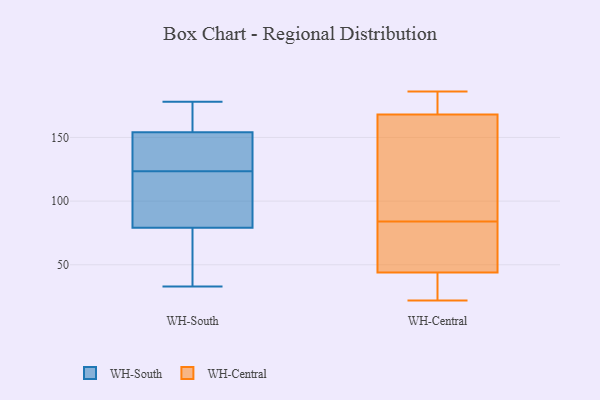
{"axis": {"x": "Budget (USD K)", "y": "Value"}, "legend": ["WH-Central", "WH-South"], "data": [{"x": "", "y": 134, "type": "WH-South"}, {"x": "", "y": 44, "type": "WH-South"}, {"x": "", "y": 154, "type": "WH-South"}, {"x": "", "y": 33, "type": "WH-South"}, {"x": "", "y": 160, "type": "WH-South"}, {"x": "", "y": 137, "type": "WH-South"}, {"x": "", "y": 163, "type": "WH-South"}, {"x": "", "y": 100, "type": "WH-South"}, {"x": "", "y": 79, "type": "WH-South"}, {"x": "", "y": 104, "type": "WH-South"}, {"x": "", "y": 66, "type": "WH-South"}, {"x": "", "y": 42, "type": "WH-South"}, {"x": "", "y": 178, "type": "WH-South"}, {"x": "", "y": 119, "type": "WH-South"}, {"x": "", "y": 173, "type": "WH-South"}, {"x": "", "y": 118, "type": "WH-South"}, {"x": "", "y": 133, "type": "WH-South"}, {"x": "", "y": 128, "type": "WH-South"}, {"x": "", "y": 102, "type": "WH-Central"}, {"x": "", "y": 37, "type": "WH-Central"}, {"x": "", "y": 172, "type": "WH-Central"}, {"x": "", "y": 87, "type": "WH-Central"}, {"x": "", "y": 112, "type": "WH-Central"}, {"x": "", "y": 58, "type": "WH-Central"}, {"x": "", "y": 50, "type": "WH-Central"}, {"x": "", "y": 186, "type": "WH-Central"}, {"x": "", "y": 44, "type": "WH-Central"}, {"x": "", "y": 81, "type": "WH-Central"}, {"x": "", "y": 177, "type": "WH-Central"}, {"x": "", "y": 168, "type": "WH-Central"}, {"x": "", "y": 22, "type": "WH-Central"}, {"x": "", "y": 37, "type": "WH-Central"}]}